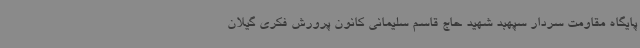
پایگاه مقاومت سردار سپهبد شهید حاج قاسم سلیمانی کانون پرورش فکری گیلان